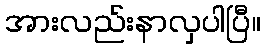
အားလည်းနာလှပါပြီ။